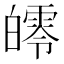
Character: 𤾨